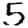
Digit: 5